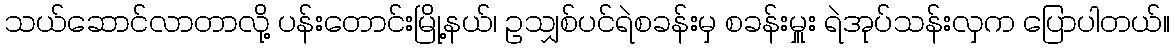
သယ်ဆောင်လာတာလို့ ပန်းတောင်းမြို့နယ်၊ ဥသျှစ်ပင်ရဲစခန်းမှ စခန်းမှူး ရဲအုပ်သန်းလှက ပြောပါတယ်။